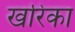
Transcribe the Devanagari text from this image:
खरिका